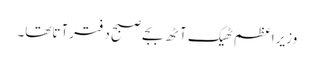
وزیراعظم ٹھیک آٹھ بجے صبح دفترآتاتھا۔